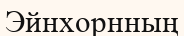
Эйнхорнның